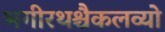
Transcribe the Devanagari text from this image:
भगीरथश्चैकलव्यो